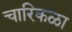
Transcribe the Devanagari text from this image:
चारिकळा